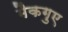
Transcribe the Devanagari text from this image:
मैकगुए